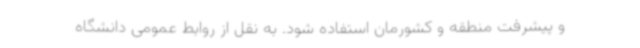
و پیشرفت منطقه و کشورمان استفاده شود. به نقل از روابط عمومی دانشگاه